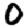
Digit: 0